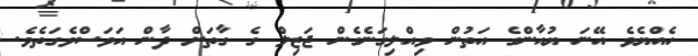
ހެއްޔެވެ އޭނަ ޔުއާންގެ އަތުން ވިއްލިގަނެގެން ޖަޒިލް ގެ ގާތަށް ދާން އަވަސްވެގަތެވެ.